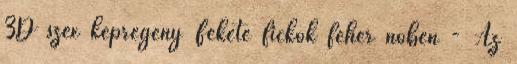
3D szex képregény Fekete fickók fehér nőben - Az